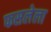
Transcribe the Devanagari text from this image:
फसलेला